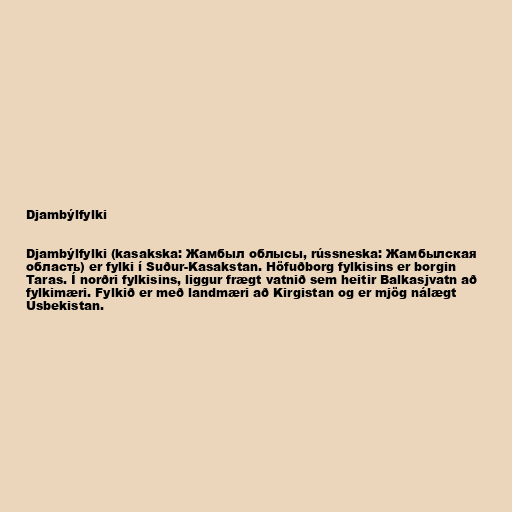
Djambýlfylki

Djambýlfylki (kasakska: Жамбыл облысы, rússneska: Жамбылская
область) er fylki í Suður-Kasakstan. Höfuðborg fylkisins er borgin
Taras. Í norðri fylkisins, liggur frægt vatnið sem heitir Balkasjvatn að
fylkimæri. Fylkið er með landmæri að Kirgistan og er mjög nálægt
Úsbekistan.